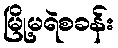
မြို့မရဲစခန်း